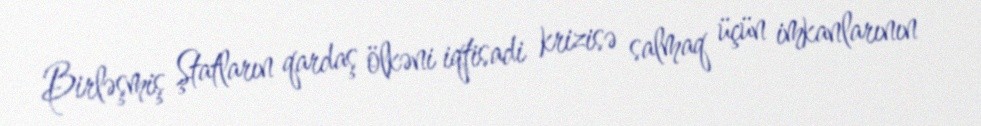
Birləşmiş Ştatların qardaş ölkəni iqtisadi krizisə salmaq üçün imkanlarının